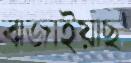
বাজাইয়াছ